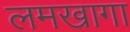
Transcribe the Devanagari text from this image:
लमखागा